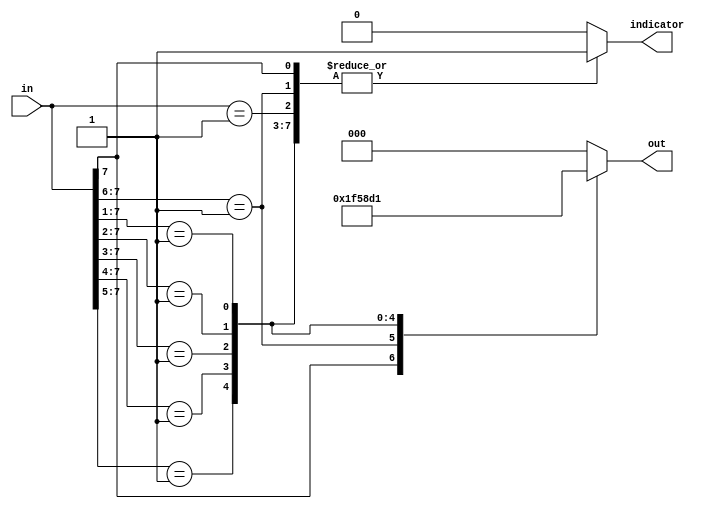
module encoder83(
   input [7:0] in,
   output reg [2:0] out,
   output reg indicator
); 
  
   always @(*) begin
      out = 3'b0;
      indicator = 1;
      casez(in[7:0])
         8'b1???????: out = 3'b111; 
         8'b01??????: out = 3'b110; 
         8'b001?????: out = 3'b101; 
         8'b0001????: out = 3'b100; 
         8'b00001???: out = 3'b011; 
         8'b000001??: out = 3'b010; 
         8'b0000001?: out = 3'b001; 
         8'b00000001: out = 3'b000; 
      
         default: indicator = 0;
      endcase
   end 
endmodule

module bcd7seg(
   input  [3:0] b,
   output reg [6:0] h
);
   
   always @(*) begin
      case(b)
         4'd0: h = 7'b1111110;
         4'd1: h = 7'b0110000;
         4'd2: h = 7'b1101101;
         4'd3: h = 7'b1111001;
         4'd4: h = 7'b0110011;
         4'd5: h = 7'b1011011;
         4'd6: h = 7'b1011111;
         4'd7: h = 7'b1110000;
         4'd8: h = 7'b1111111;
         4'd9: h = 7'b1111011;
         4'ha: h = 7'b1110111;
         4'hb: h = 7'b0011111;
         4'hc: h = 7'b1001110;
         4'hd: h = 7'b0111101;
         4'he: h = 7'b1001111;
         4'hf: h = 7'b1000111;
         default: h = 7'b0;
      endcase
      h = ~h;
   end 
endmodule

module top(
   input [7:0] in,
   output [2:0] led,
   output led_in,
   output [6:0] seg0
);
   encoder83 ins1(in, led, led_in);
   bcd7seg ins2({1'b0, led}, seg0);
endmodule